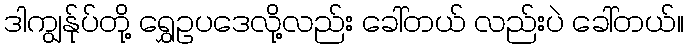
ဒါကျွန်ုပ်တို့ ရွှေဥပဒေလို့လည်း ခေါ်တယ် လည်းပဲ ခေါ်တယ်။